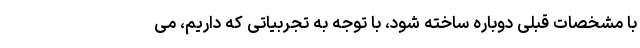
با مشخصات قبلی دوباره ساخته شود، با توجه به تجربیاتی که داریم، می